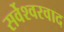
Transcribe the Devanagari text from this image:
सर्वेश्‍वरवाद